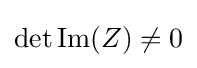
\det {\text{Im}}(Z)\neq 0